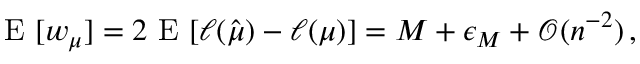
\mathrm { ~ E ~ } [ w _ { \boldsymbol { \mu } } ] = 2 \mathrm { ~ E ~ } [ \ell ( \hat { \boldsymbol { \mu } } ) - \ell ( \boldsymbol { \mu } ) ] = M + \epsilon _ { M } + \mathcal { O } ( n ^ { - 2 } ) \, ,